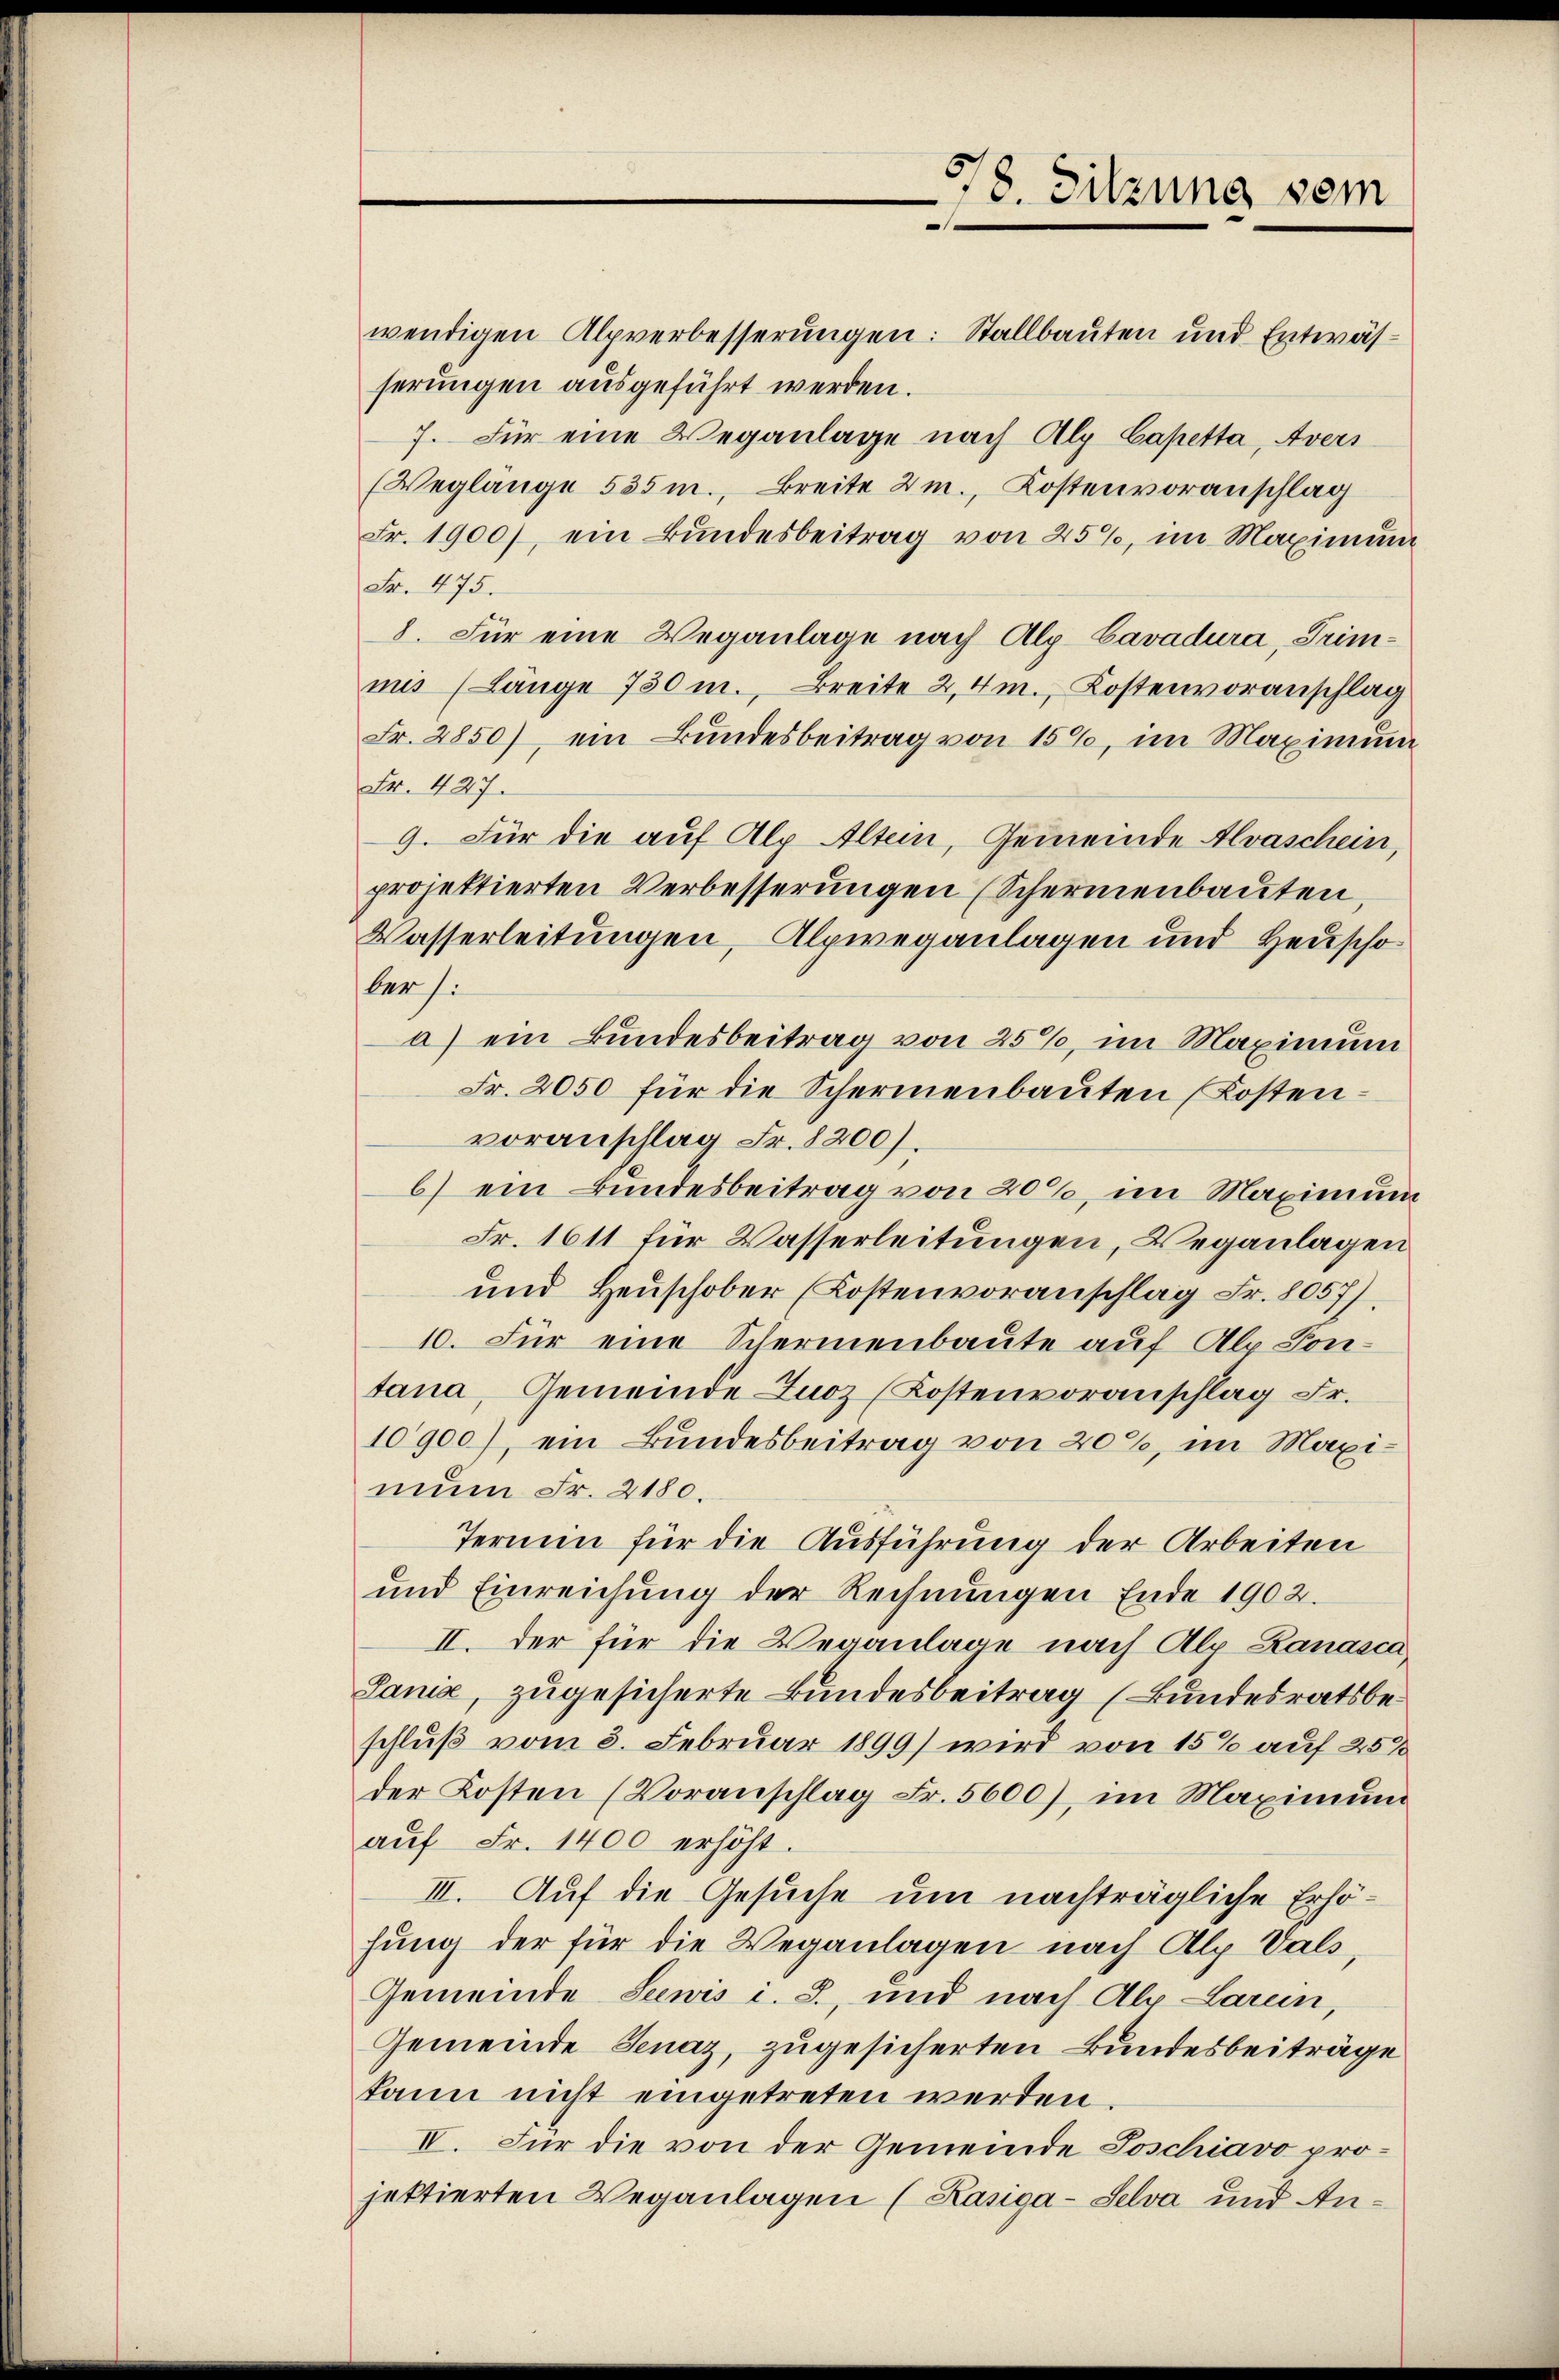
wendigen Alpverbesserungen: Stallbauten und Entwässerungen ausgeführt werden.
7. Für eine Weganlage nach Alp Capetta, Avers
(Weglänge 535 m., Breite 2m., Kostenvoranschlag
Fr. 1900), ein Bundesbeitrag von 25%, im Maximung
Fr. 475.
8. Für eine Weganlage nach Alp Cavadura, Trimmis (Länge 730 m., Breite 2,4m., Kostenvoranschlag
Fr. 2850), ein Bundesbeitrag von 150, im Maximum
Fr. 427.
9. Für die auf Alp Altein, Gemeinde Alvaschein,
projektierten Verbesserungen (Schermenbauten,
Wasserleitungen, Alpweganlagen und Heuschober s.
a) ein Bundesbeitrag von 25%, im Maximum
Fr. 2050 für die Schermenbauten Kostenvoranschlag Fr. 8200).
b) ein Bundesbeitrag von 20%, im Maximum
Fr. 1611 für Wasserleitungen, Veranlagen
und Heuschober (Kostenvoranschlag Fr. 8057).
10. Für eine Schermenbaute auf Alp Pontana, Gemeinde Zuoz (Kostenvoranschlag Fr.
10900), ein Bundesbeitrag von 20%, im Maxinum Fr. 2180.
Termin für die Ausführung der Arbeiten
und Einreichung der Rechnŭngen Ende 1902.
II. Der für die Veranlage nach Alp Zanasca,
Jania, zugesicherte Bundesbeitrag (Bundesratsbeschluß vom 3. Februar 1899) wird von 15% auf 250
der Kosten (Voranschlag Fr. 5600), im Maximum
auf Fr. 1400 erhöht.
III. Auf die Gesuche um nachträgliche Erhöhung der für die Weganlagen nach Alp Vals
Gemeinde Seewis i. S., und nach Alp Larein,
Gemeinde Jenaz, zugesicherten Bundesbeiträge
kann nicht eingetreten werden.
IV. Für die von der Gemeinde Joschiavo projettierten Weganlagen (Kasiga-Selva und An¬

578. Sitzung sein